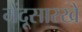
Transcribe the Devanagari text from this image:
मेंदूसारखे